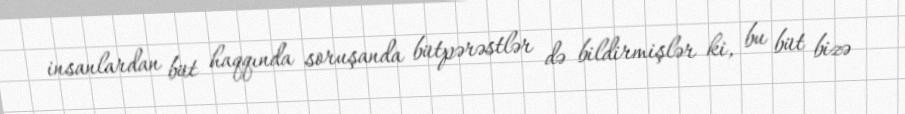
insanlardan büt haqqında soruşanda bütpərəstlər də bildirmişlər ki, bu büt bizə